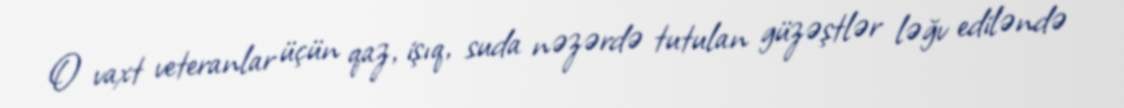
O vaxt veteranlar üçün qaz, işıq, suda nəzərdə tutulan güzəştlər ləğv ediləndə